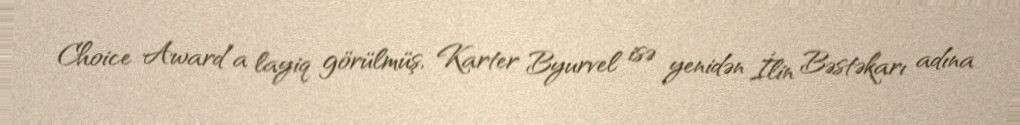
Choice Award”a layiq görülmüş, Karter Byurvel isə yenidən İlin Bəstəkarı adına